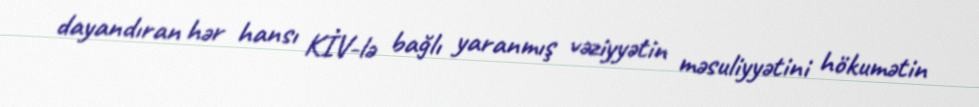
dayandıran hər hansı KİV-lə bağlı yaranmış vəziyyətin məsuliyyətini hökumətin